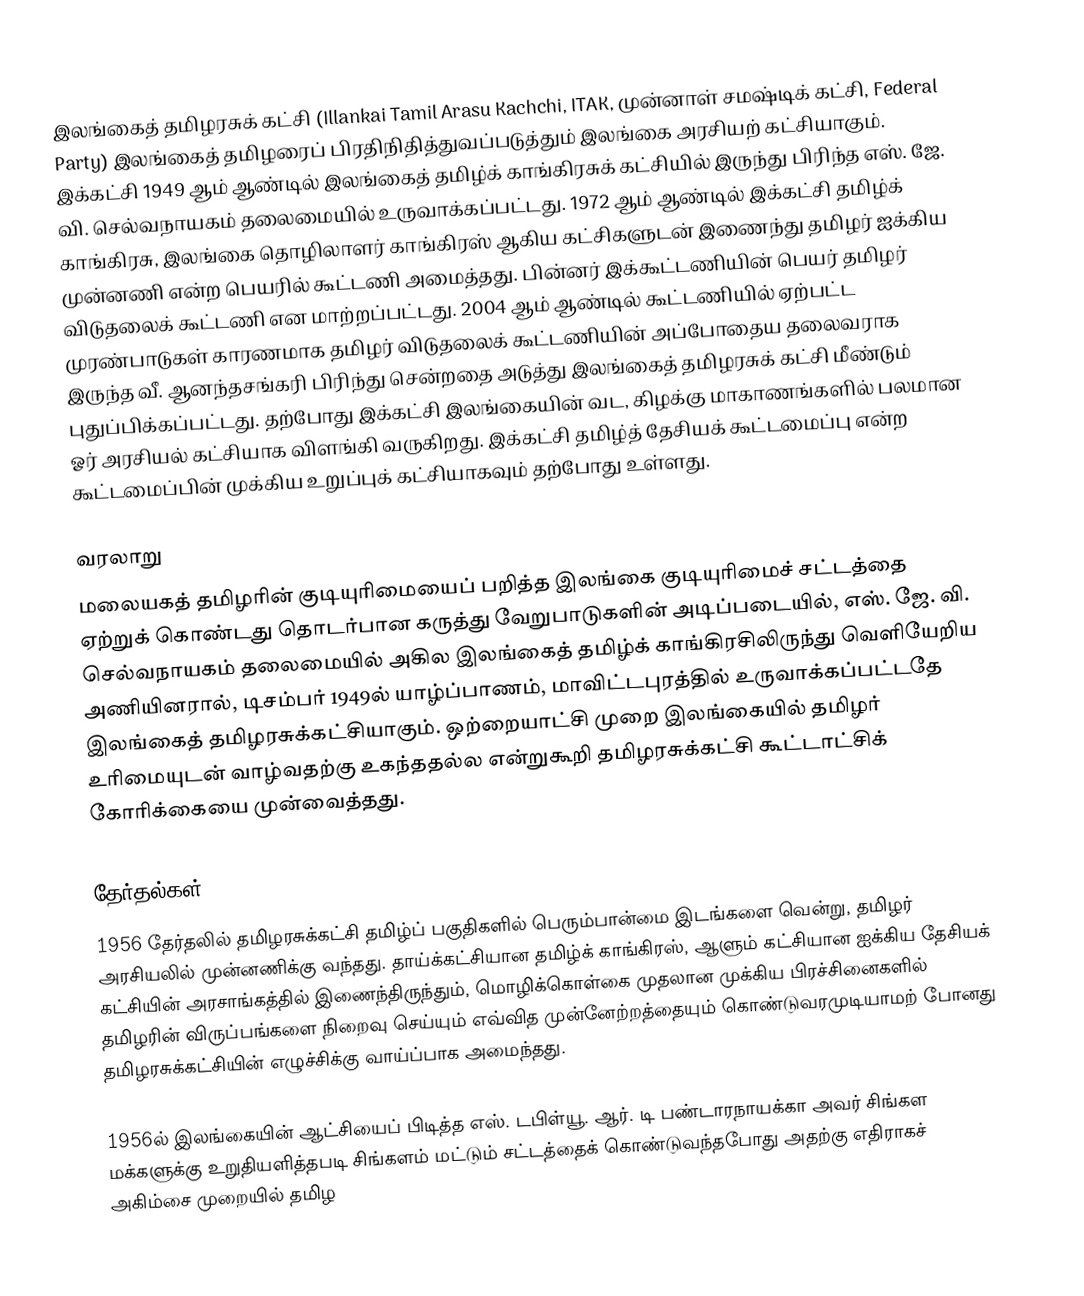
இலங்கைத் தமிழரசுக் கட்சி (Illankai Tamil Arasu Kachchi, ITAK, முன்னாள் சமஷ்டிக் கட்சி, Federal Party) இலங்கைத் தமிழரைப் பிரதிநிதித்துவப்படுத்தும் இலங்கை அரசியற் கட்சியாகும். இக்கட்சி 1949 ஆம் ஆண்டில் இலங்கைத் தமிழ்க் காங்கிரசுக் கட்சியில் இருந்து பிரிந்த எஸ். ஜே. வி. செல்வநாயகம் தலைமையில் உருவாக்கப்பட்டது. 1972 ஆம் ஆண்டில் இக்கட்சி தமிழ்க் காங்கிரசு, இலங்கை தொழிலாளர் காங்கிரஸ் ஆகிய கட்சிகளுடன் இணைந்து தமிழர் ஐக்கிய முன்னணி என்ற பெயரில் கூட்டணி அமைத்தது. பின்னர் இக்கூட்டணியின் பெயர் தமிழர் விடுதலைக் கூட்டணி என மாற்றப்பட்டது. 2004 ஆம் ஆண்டில் கூட்டணியில் ஏற்பட்ட முரண்பாடுகள் காரணமாக தமிழர் விடுதலைக் கூட்டணியின் அப்போதைய தலைவராக இருந்த வீ. ஆனந்தசங்கரி பிரிந்து சென்றதை அடுத்து இலங்கைத் தமிழரசுக் கட்சி மீண்டும் புதுப்பிக்கப்பட்டது. தற்போது இக்கட்சி இலங்கையின் வட, கிழக்கு மாகாணங்களில் பலமான ஓர் அரசியல் கட்சியாக விளங்கி வருகிறது. இக்கட்சி தமிழ்த் தேசியக் கூட்டமைப்பு என்ற கூட்டமைப்பின் முக்கிய உறுப்புக் கட்சியாகவும் தற்போது உள்ளது.

வரலாறு
மலையகத் தமிழரின் குடியுரிமையைப் பறித்த இலங்கை குடியுரிமைச் சட்டத்தை ஏற்றுக் கொண்டது தொடர்பான கருத்து வேறுபாடுகளின் அடிப்படையில், எஸ். ஜே. வி. செல்வநாயகம் தலைமையில் அகில இலங்கைத் தமிழ்க் காங்கிரசிலிருந்து வெளியேறிய அணியினரால், டிசம்பர் 1949ல் யாழ்ப்பாணம், மாவிட்டபுரத்தில் உருவாக்கப்பட்டதே இலங்கைத் தமிழரசுக்கட்சியாகும். ஒற்றையாட்சி முறை இலங்கையில் தமிழர் உரிமையுடன் வாழ்வதற்கு உகந்ததல்ல என்றுகூறி தமிழரசுக்கட்சி கூட்டாட்சிக் கோரிக்கையை முன்வைத்தது.

தேர்தல்கள்
1956 தேர்தலில் தமிழரசுக்கட்சி தமிழ்ப் பகுதிகளில் பெரும்பான்மை இடங்களை வென்று, தமிழர் அரசியலில் முன்னணிக்கு வந்தது. தாய்க்கட்சியான தமிழ்க் காங்கிரஸ், ஆளும் கட்சியான ஐக்கிய தேசியக் கட்சியின் அரசாங்கத்தில் இணைந்திருந்தும், மொழிக்கொள்கை முதலான முக்கிய பிரச்சினைகளில் தமிழரின் விருப்பங்களை நிறைவு செய்யும் எவ்வித முன்னேற்றத்தையும் கொண்டுவரமுடியாமற் போனது தமிழரசுக்கட்சியின் எழுச்சிக்கு வாய்ப்பாக அமைந்தது.

1956ல் இலங்கையின் ஆட்சியைப் பிடித்த எஸ். டபிள்யூ. ஆர். டி பண்டாரநாயக்கா அவர் சிங்கள மக்களுக்கு உறுதியளித்தபடி சிங்களம் மட்டும் சட்டத்தைக் கொண்டுவந்தபோது அதற்கு எதிராகச் அகிம்சை முறையில் தமிழ